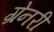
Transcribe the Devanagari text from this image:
ग्रेनरी